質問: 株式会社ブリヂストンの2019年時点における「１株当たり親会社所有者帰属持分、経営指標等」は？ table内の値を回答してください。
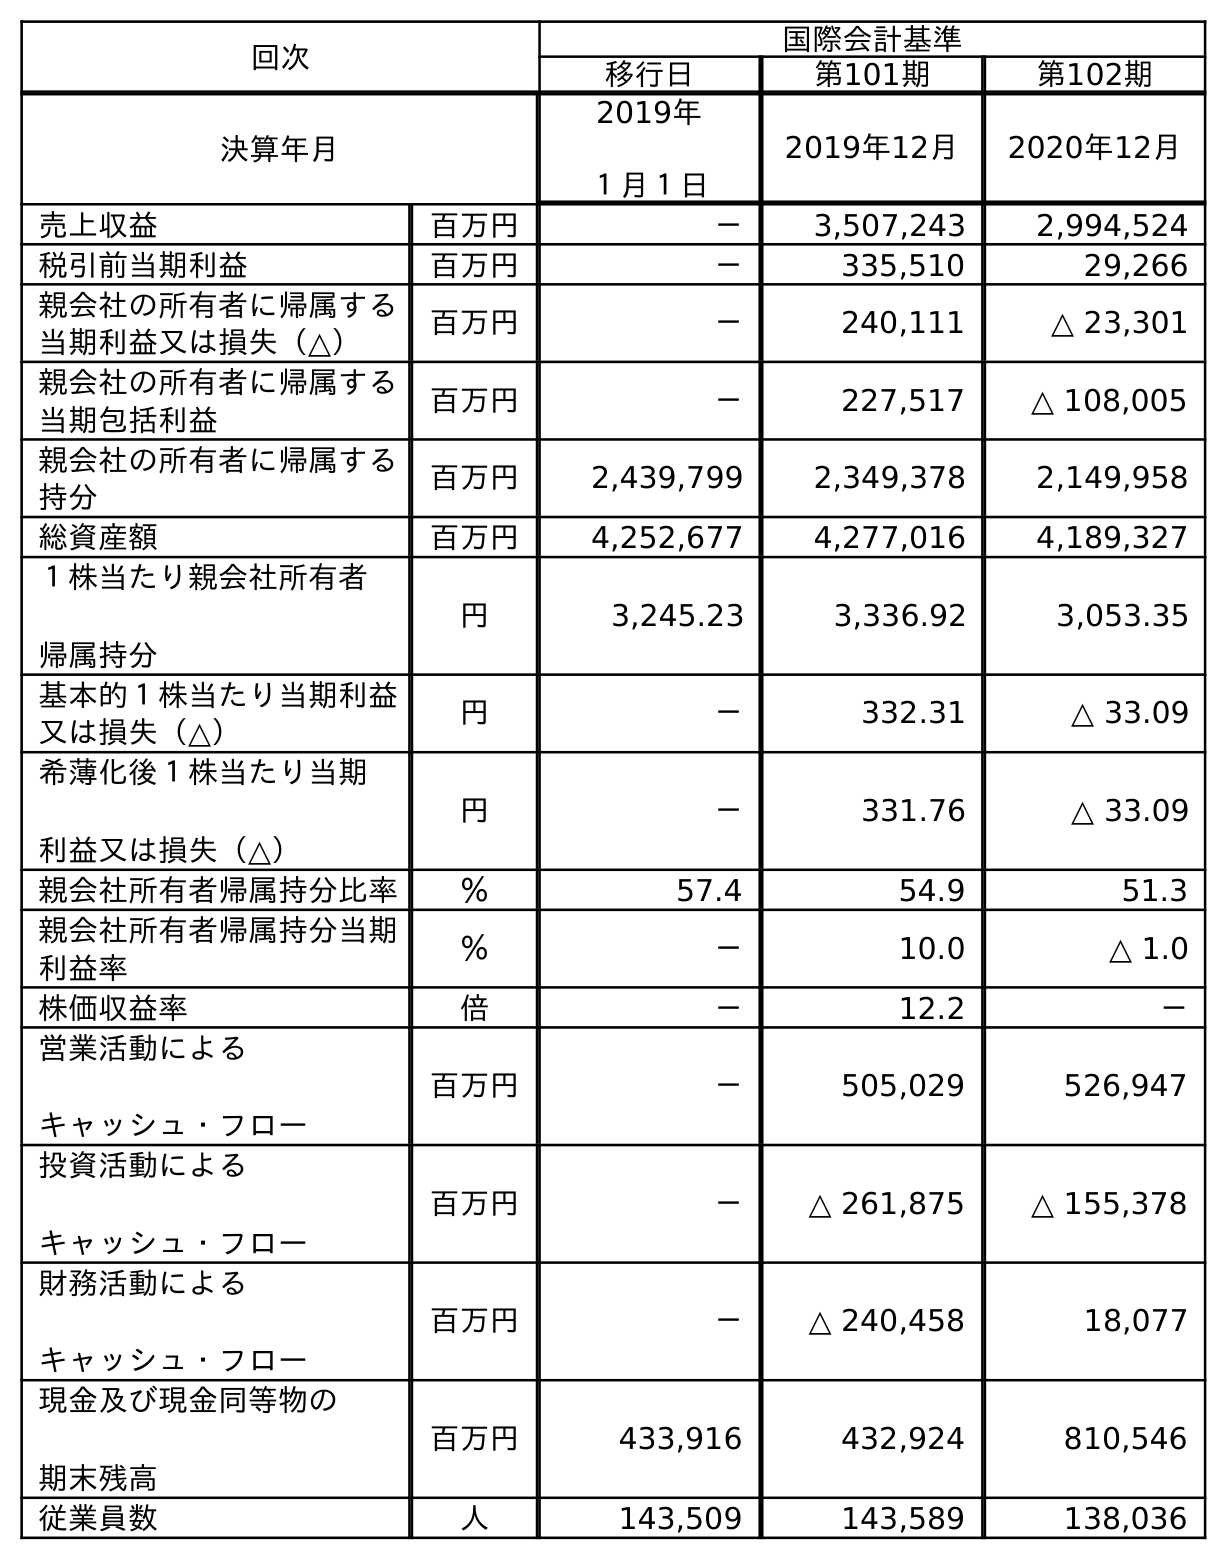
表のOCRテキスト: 回次 国際会計基準 移行日 第101期 第102期 決算年月 2019年 １月１日 2019年12月 2020年12月 売上収益 百万円 － 3,507,243 2,994,524 税引前当期利益 百万円 － 335,510 29,266 親会社の所有者に帰属する 当期利益又は損失（△） 百万円 － 240,111 △ 23,301 親会社の所有者に帰属する 当期包括利益 百万円 － 227,517 △ 108,005 親会社の所有者に帰属する 持分 百万円 2,439,799 2,349,378 2,149,958 総資産額 百万円 4,252,677 4,277,016 4,189,327 １株当たり親会社所有者 帰属持分 円 3,245.23 3,336.92 3,053.35 基本的１株当たり当期利益 又は損失（△） 円 － 332.31 △ 33.09 希薄化後１株当たり当期 利益又は損失（△） 円 － 331.76 △ 33.09 親会社所有者帰属持分比率 ％ 57.4 54.9 51.3 親会社所有者帰属持分当期 利益率 ％ － 10.0 △ 1.0 株価収益率 倍 － 12.2 － 営業活動による キャッシュ・フロー 百万円 － 505,029 526,947 投資活動による キャッシュ・フロー 百万円 － △ 261,875 △ 155,378 財務活動による キャッシュ・フロー 百万円 － △ 240,458 18,077 現金及び現金同等物の 期末残高 百万円 433,916 432,924 810,546 従業員数 人 143,509 143,589 138,036
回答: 3,336.92